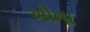
ઓના